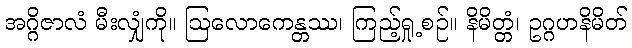
အဂ္ဂိဇာလံ မီးလျှံကို။ ဩလောကေန္တဿ၊ ကြည့်ရှု့စဉ်။ နိမိတ္တံ၊ ဥဂ္ဂဟနိမိတ်